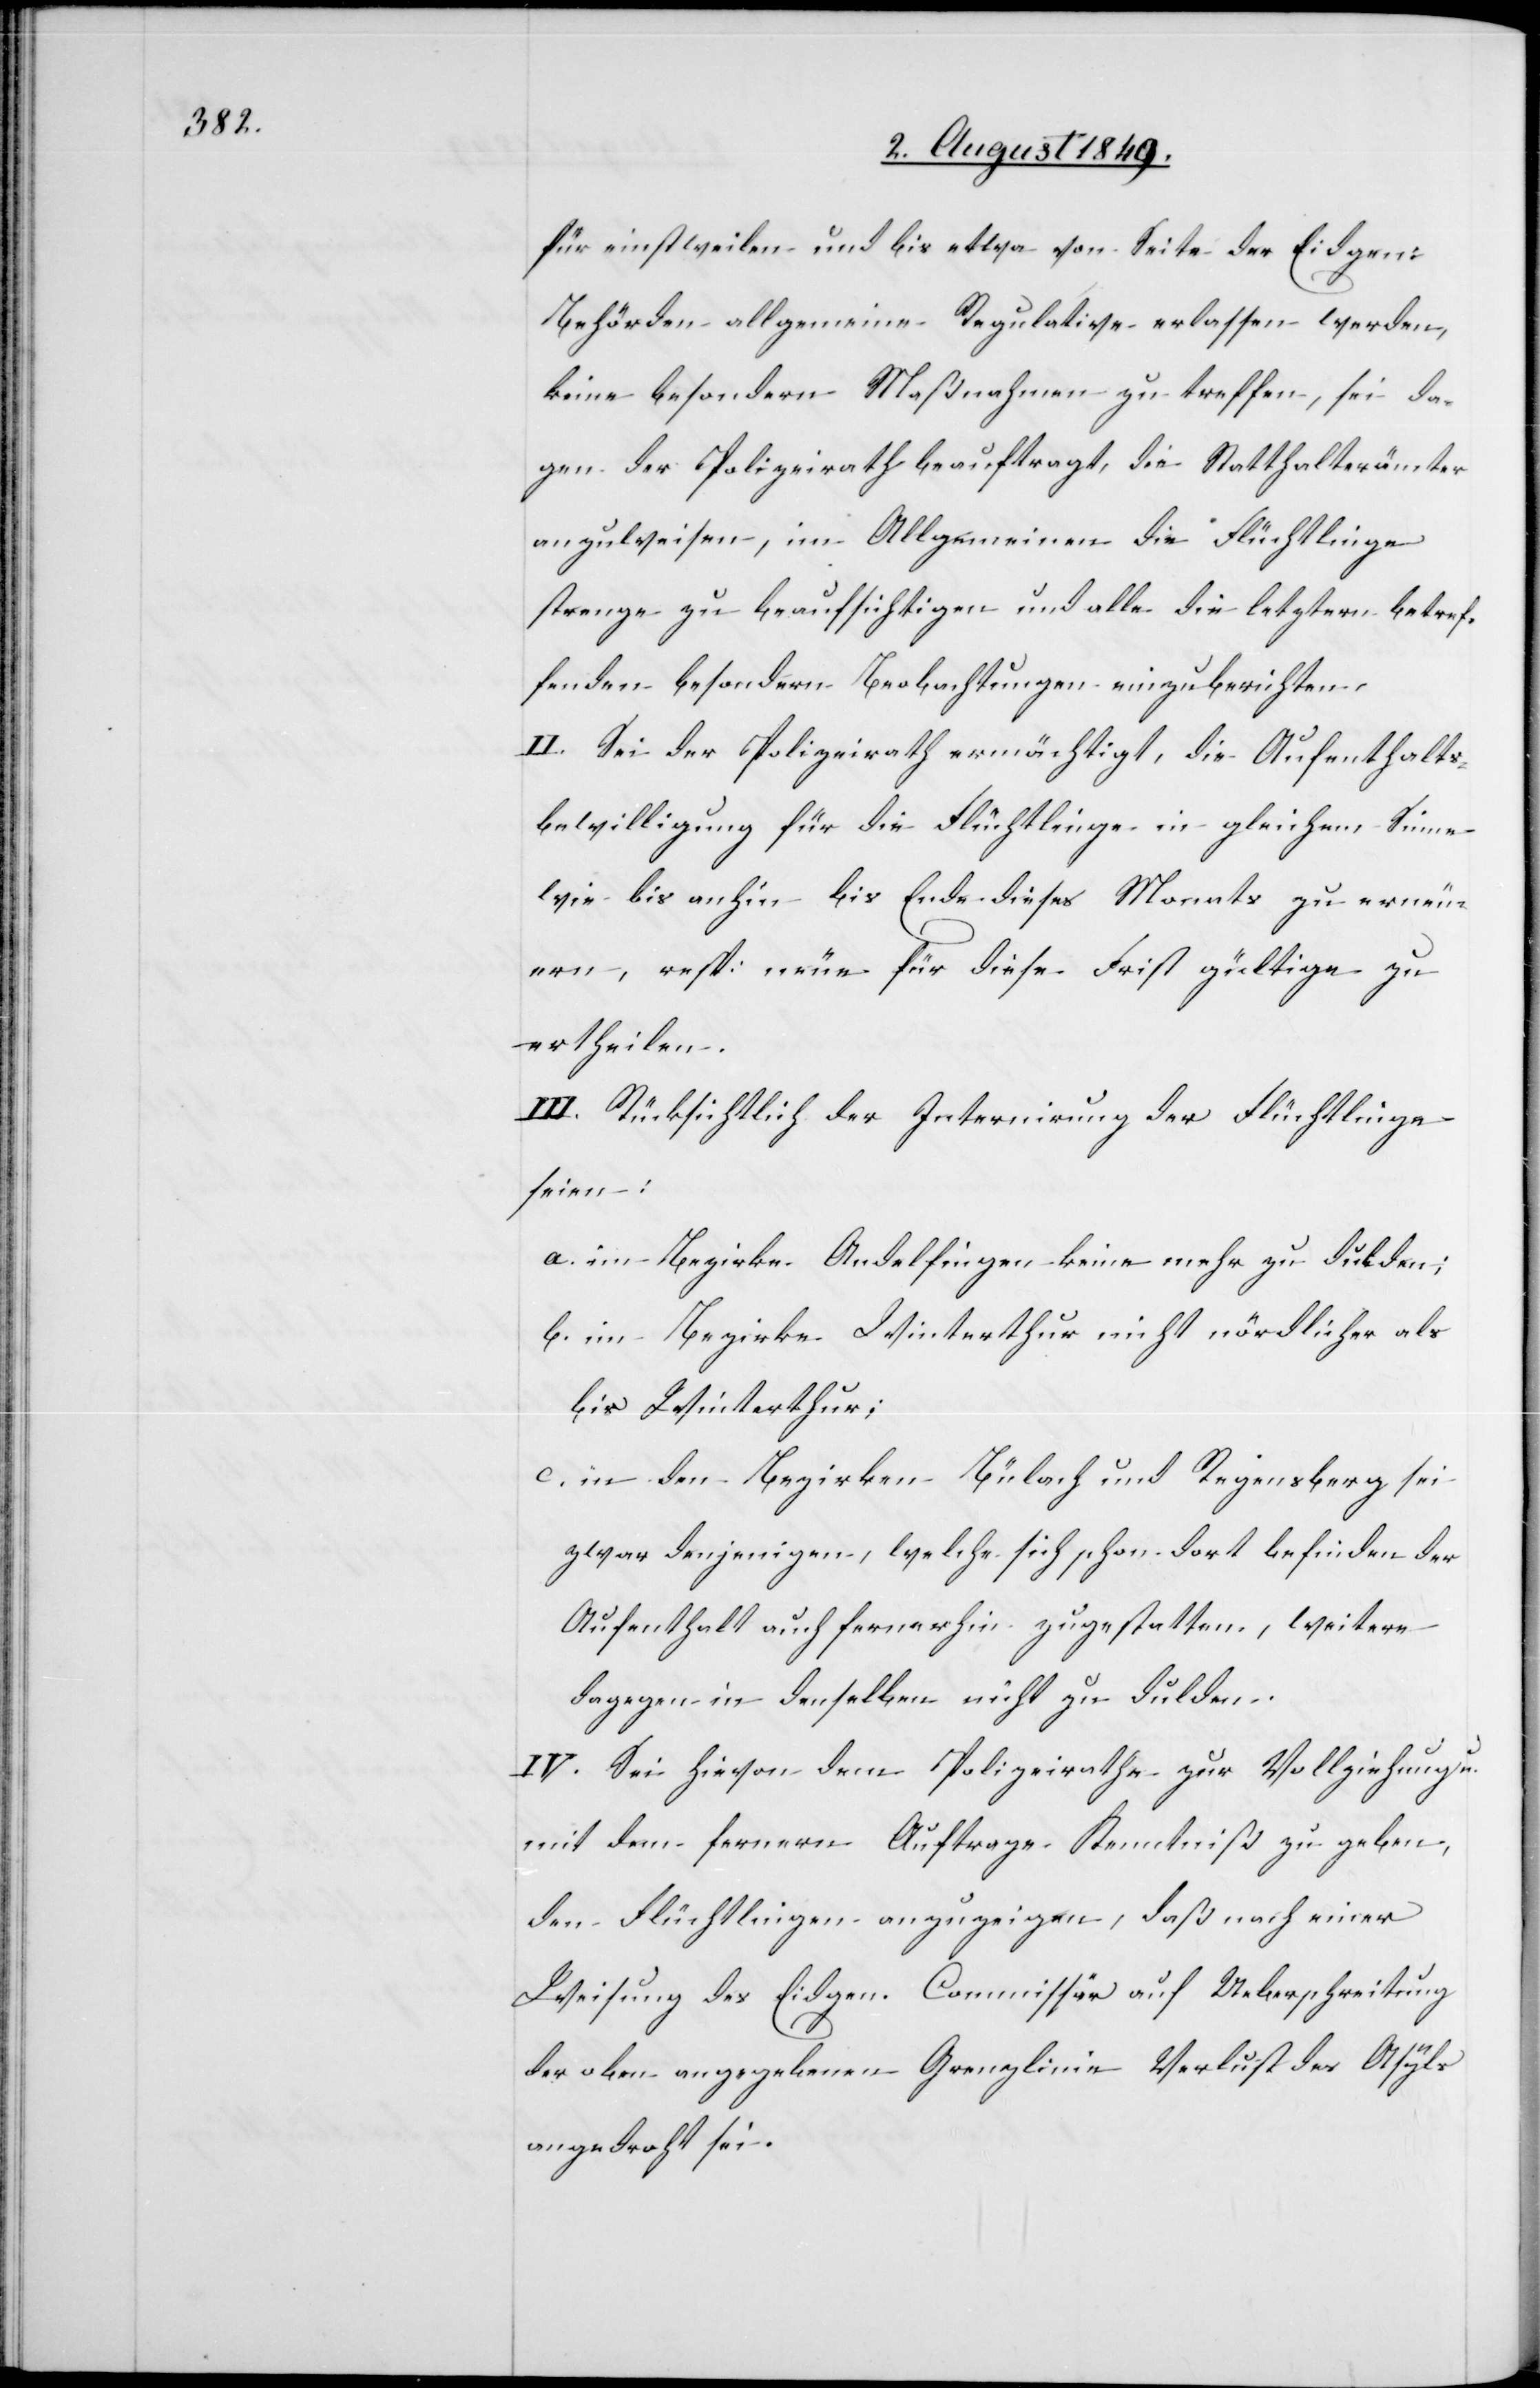
für einstweilen und bis etwa Seite der Eidgen:
Behörden allgemeine Regulative erlassen werden,
keine besondern Maßnahmen zu treffen, sei da[g¬
e]gen der Polizeirath beauftragt, die Statthalterämter
anzuweisen, im Allgemeinen die Flüchtlinge
strenge zu Beaufsichtigungen und alle die letztern betref¬
fenden besondern Beobachtungen einzuberichten.
II. Sei der Polizeirath ermächtigt, die Aufenthalts¬
bewilligung für die Flüchtlinge in gleichem Sinne
wie bis anhin bis Ende dieses Monats zu erneu¬
ern, resp: neue für diese Frist gültige zu
ertheilen.
III. Rücksichtlich der Internirung der Flüchtlinge
seien;
a. im Bezirke Andelfingen keine mehr zu dulden;
b. im Bezirke Winterthur nicht nördlicher als
bis Winterthur;
c. in den Bezirken Bülach und Regensberg sei
zwar denjenigen, welche sich schon dort befinden der
Aufenthalt auch fernerhin zugestatten, weitere
dagegen in denselben nicht zu dulden.
IV. Sei hievon dem Polizeirathe zur Vollziehung u.
mit den fernern Auftrage Kenntniß zu geben,
den Flüchtlingen anzuzeigen, daß nach einer
Weisung des Eidgen. Commissär auf Ueberschreitung
der oben angegebenen Grenzlinie Verlust des Asyls
angedroht sei.